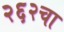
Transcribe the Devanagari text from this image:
२६२चा